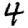
Digit: 4